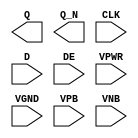
/**
 * Copyright 2020 The SkyWater PDK Authors
 *
 * Licensed under the Apache License, Version 2.0 (the "License");
 * you may not use this file except in compliance with the License.
 * You may obtain a copy of the License at
 *
 *     https://www.apache.org/licenses/LICENSE-2.0
 *
 * Unless required by applicable law or agreed to in writing, software
 * distributed under the License is distributed on an "AS IS" BASIS,
 * WITHOUT WARRANTIES OR CONDITIONS OF ANY KIND, either express or implied.
 * See the License for the specific language governing permissions and
 * limitations under the License.
 *
 * SPDX-License-Identifier: Apache-2.0
 */

`ifndef SKY130_FD_SC_MS__EDFXBP_PP_BLACKBOX_V
`define SKY130_FD_SC_MS__EDFXBP_PP_BLACKBOX_V

/**
 * edfxbp: Delay flop with loopback enable, non-inverted clock,
 *         complementary outputs.
 *
 * Verilog stub definition (black box with power pins).
 *
 * WARNING: This file is autogenerated, do not modify directly!
 */

`timescale 1ns / 1ps
`default_nettype none

(* blackbox *)
module sky130_fd_sc_ms__edfxbp (
    Q   ,
    Q_N ,
    CLK ,
    D   ,
    DE  ,
    VPWR,
    VGND,
    VPB ,
    VNB
);

    output Q   ;
    output Q_N ;
    input  CLK ;
    input  D   ;
    input  DE  ;
    input  VPWR;
    input  VGND;
    input  VPB ;
    input  VNB ;
endmodule

`default_nettype wire
`endif  // SKY130_FD_SC_MS__EDFXBP_PP_BLACKBOX_V